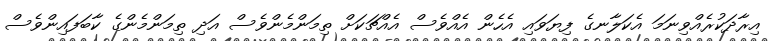
އިރާދަކުރެއްވިނަމަ އެކަލާނގެ ފިޔަވައި އެހެން އެއްވެސް އެއްޗަކަށް ތިމަންމެންވެސް އަދި ތިމަންމެންގެ ކާބަފައިންވެސް